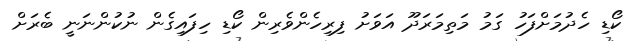
ކޯޑި ހެދުމަށްފަހު ގަމު މަތިމަރަދޫ އަވަށު ފިރިހެންވެރިން ކޯޑި ހިފައިގެން ނުކުންނަނީ ބެރަށް